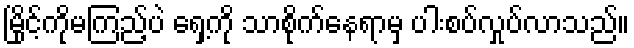
မြိုင့်ကိုမကြည့်ပဲ ရှေ့ကို သာစိုက်နေရာမှ ပါးစပ်လှုပ်လာသည်။